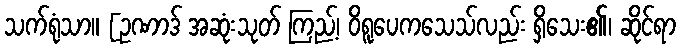
သက်ရုံသာ။ [ဥဏာဒ် အဆုံးသုတ် ကြည့်၊ ဝိရူပေကသေသ်လည်း ရှိသေး၏၊ ဆိုင်ရာ